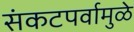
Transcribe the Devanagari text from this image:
संकटपर्वामुळे